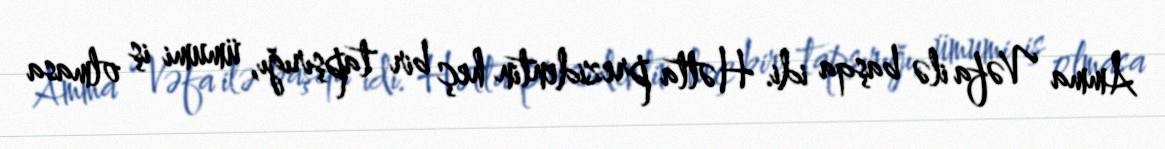
Amma Vəfa ilə başqa idi. Hətta prezidentin heç bir tapşırığı, ümumi iş olmasa